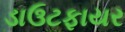
ડાઉટફાયર